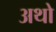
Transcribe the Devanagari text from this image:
अथो